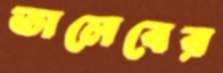
তালেবের